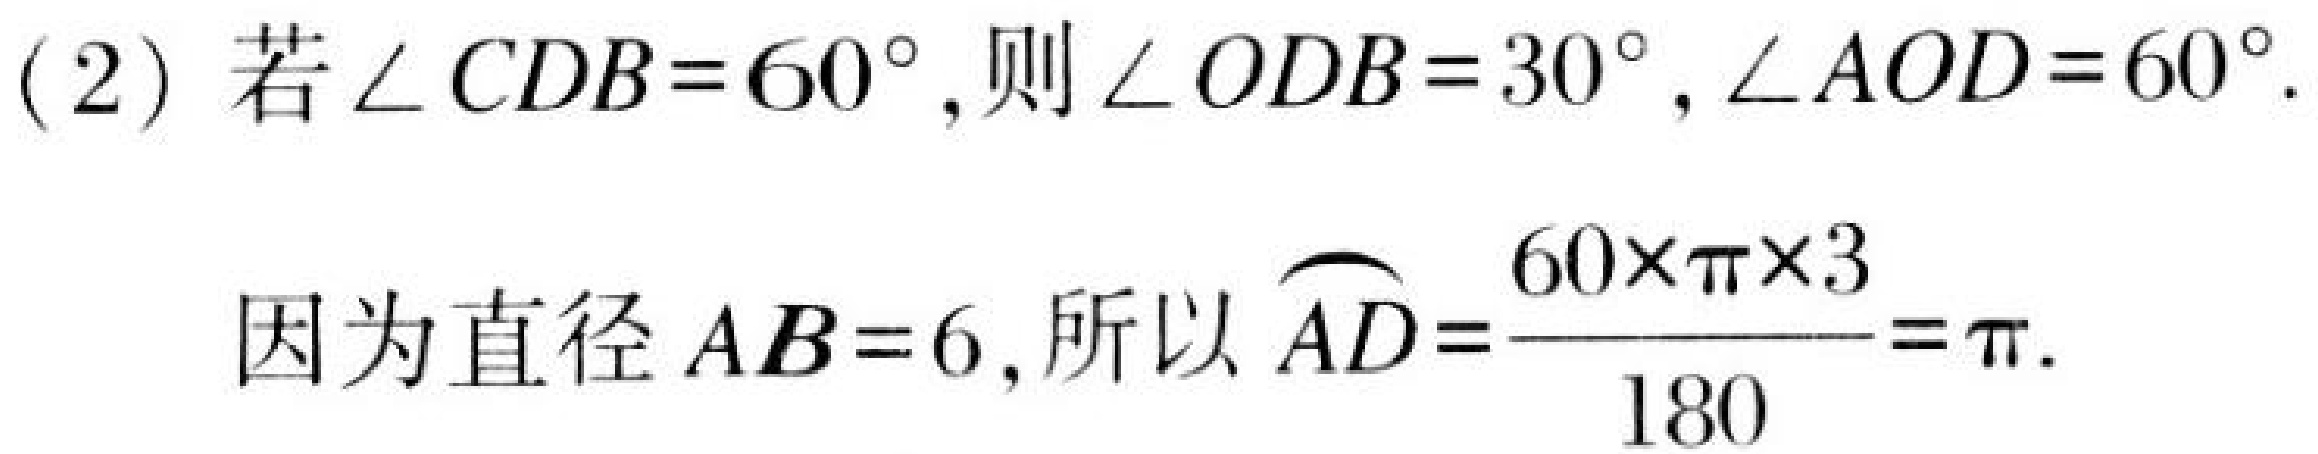
(2) 若\(\angle CDB = 60^{\circ}\)，则\(\angle ODB = 30^{\circ}\)，\(\angle AOD = 60^{\circ}\).
因为直径\(AB = 6\)，所以\(\overset{\frown}{AD}=\frac{60\times\pi\times3}{180}=\pi\).